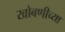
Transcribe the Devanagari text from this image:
खोबणीच्या